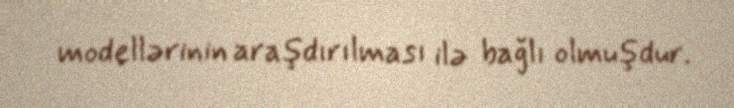
modellərinin araşdırılması ilə bağlı olmuşdur.